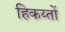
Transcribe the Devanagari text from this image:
हिकय्तों